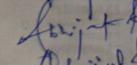
Signature authenticity: genuine